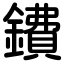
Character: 鐨